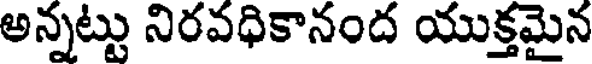
అన్నట్టు నిరవధికానంద యుక్తమైన